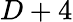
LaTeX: D+4